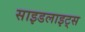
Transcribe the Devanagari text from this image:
साइडलाइट्स